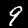
Digit: 9